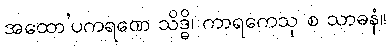
အထော’ပကရဏေ သိဒ္ဓိ၊ ကာရကေသု စ သာဓနံ။